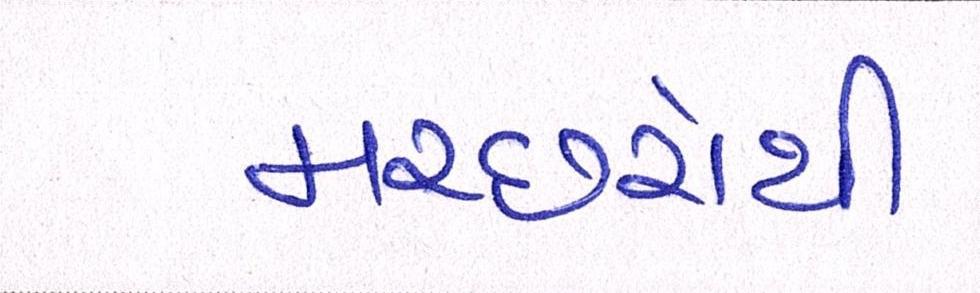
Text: મચ્છરોથી